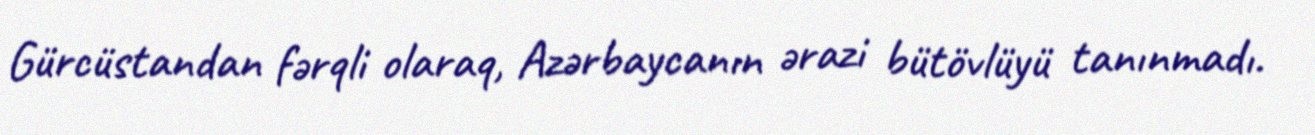
Gürcüstandan fərqli olaraq, Azərbaycanın ərazi bütövlüyü tanınmadı.